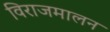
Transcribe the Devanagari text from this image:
विराजमालन